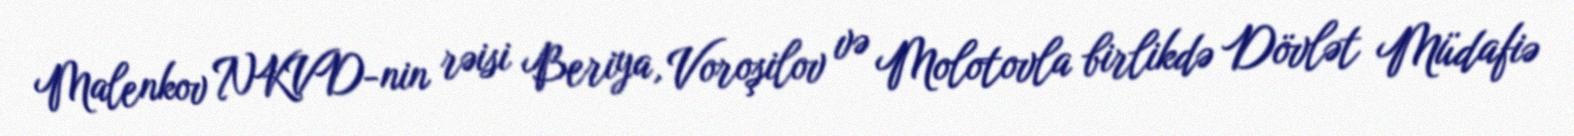
Malenkov NKVD-nin rəisi Beriya, Voroşilov və Molotovla birlikdə Dövlət Müdafiə